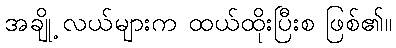
အချို့ လယ်များက ထယ်ထိုးပြီးစ ဖြစ်၏။